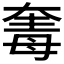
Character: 𣫵